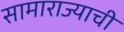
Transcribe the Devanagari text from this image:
सामाराज्याची